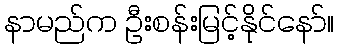
နာမည်က ဦးစန်းမြင့်နိုင်နော်။